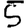
Digit: 5